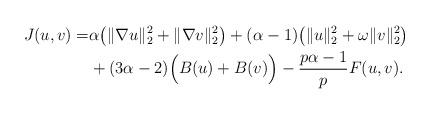
LaTeX: \begin{align*}J(u,v)=&\alpha\big(\|\nabla u\|_{2}^{2}+\|\nabla v\|_{2}^{2}\big)+(\alpha-1)\big(\|u\|_{2}^{2}+\omega\|v\|_{2}^{2}\big)\\&+(3\alpha-2)\Big(B(u)+B(v)\Big)-\frac{p\alpha-1}{p}F(u,v).\end{align*}